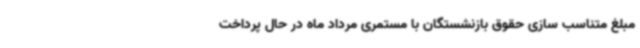
مبلغ متناسب سازی حقوق بازنشستگان با مستمری مرداد ماه در حال پرداخت